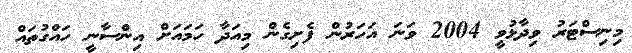
މިނިސްޓަރު ވިދާޅުވީ 2004 ވަނަ އަހަރުން ފެށިގެން މިއަދާ ހަމައަށް އިންސާނީ ހައްގުތައް